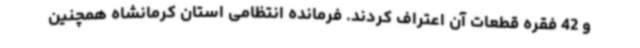
و 42 فقره قطعات آن اعتراف کردند. فرمانده انتظامی استان کرمانشاه همچنین